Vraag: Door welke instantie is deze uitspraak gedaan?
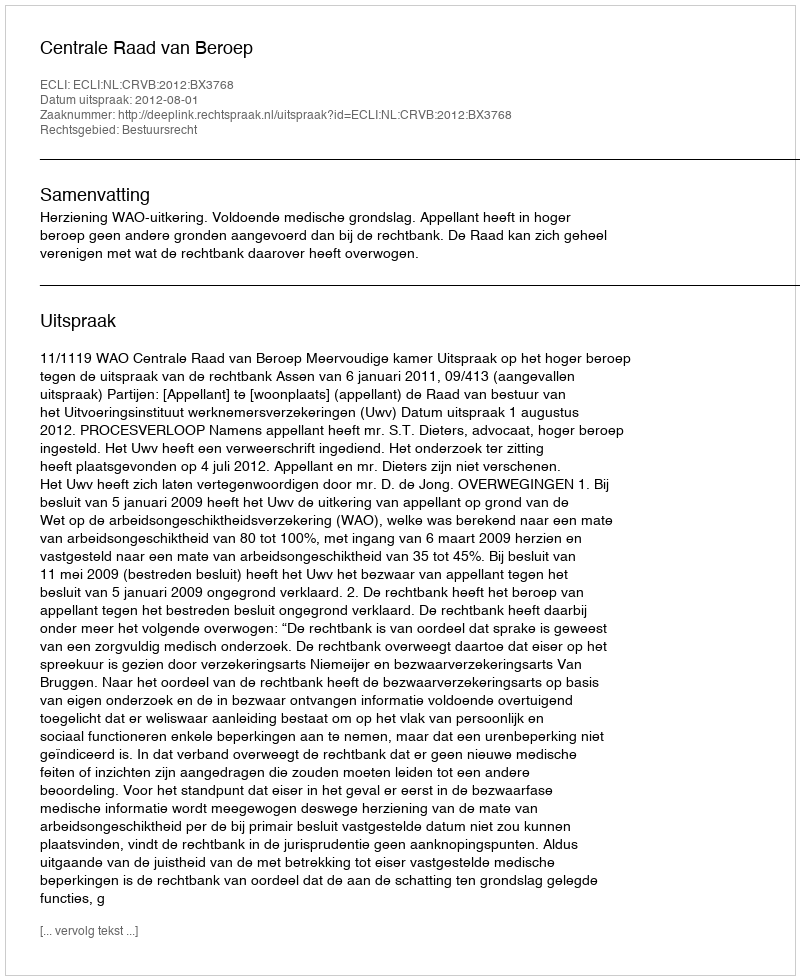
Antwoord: Centrale Raad van Beroep